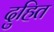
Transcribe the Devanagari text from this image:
दुहित